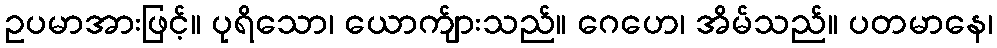
ဥပမာအားဖြင့်။ ပုရိသော၊ ယောက်ျားသည်။ ဂေဟေ၊ အိမ်သည်။ ပတမာနေ၊